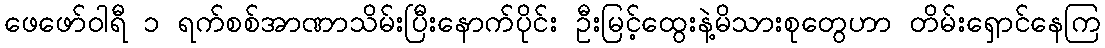
ဖေဖော်ဝါရီ ၁ ရက်စစ်အာဏာသိမ်းပြီးနောက်ပိုင်း ဦးမြင့်ထွေးနဲ့မိသားစုတွေဟာ တိမ်းရှောင်နေကြ